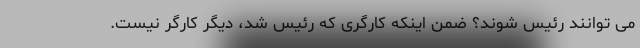
می توانند رئیس شوند؟ ضمن اینکه کارگری که رئیس شد، دیگر کارگر نیست.